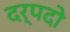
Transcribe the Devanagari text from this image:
दर्पदो